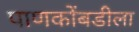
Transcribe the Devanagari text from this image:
पाणकोंबडीला